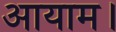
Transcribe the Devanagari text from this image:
आयाम।